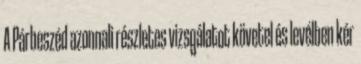
A Párbeszéd azonnali részletes vizsgálatot követel és levélben kér